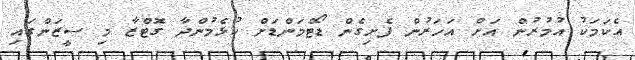
އެކަމަކު އުމުރުން އަށް އަހަރުން ފެށިގެން ޑޯޓްމަންޑަށް ކުޅެމުންދާ ގޮޓްޒާ މި ސީޒަންގައި